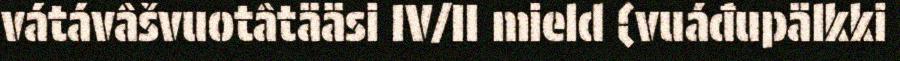
vátávâšvuotâtääsi IV/II mield (vuáđupälkki